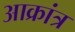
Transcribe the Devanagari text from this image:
आक्रांत्र